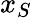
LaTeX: x_{S}